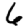
Digit: 6